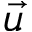
\vec { u }